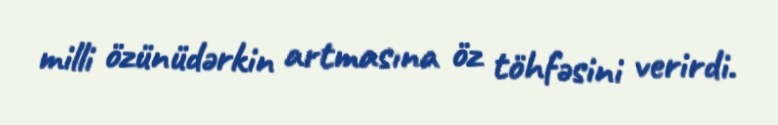
milli özünüdərkin artmasına öz töhfəsini verirdi.